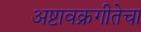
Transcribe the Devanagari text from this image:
अष्टावक्रगीतेचा